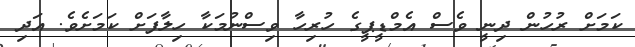
ކަމަށް ރުހުން ދިނީ ވެސް އެމްޑީޕީގެ ހުރިހާ ވިސްނުމަކާ ހިލާފަށް ކަމަށެވެ. އަދި